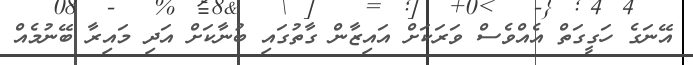
އޭނަގެ ހަގީގަތް އެއްވެސް ވަރަކަށް އައިޒާން ގާތުގައި ބުނާކަށް އަދި މައިރާ ބޭނުމެއް